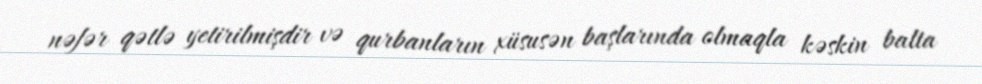
nəfər qətlə yetirilmişdir və qurbanların xüsusən başlarında olmaqla kəskin balta